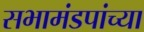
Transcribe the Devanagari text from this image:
सभामंडपांच्या